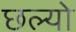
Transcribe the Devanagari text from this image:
छल्‍यो